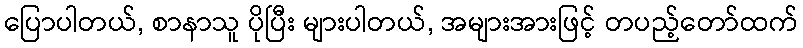
ပြောပါတယ်, စာနာသူ ပိုပြီး များပါတယ်, အများအားဖြင့် တပည့်တော်ထက်